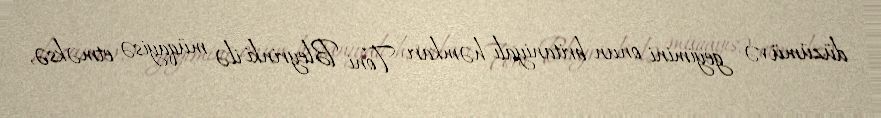
düzümü və geyimini onun britaniyalı həmkarı Toni Bleyrinki ilə müqayisə etməksə,